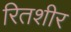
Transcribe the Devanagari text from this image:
रितशीर